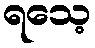
ရသေ့